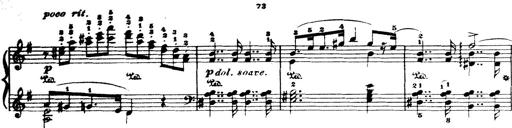
Title: Wagner-Liszt Album
Composer: Franz Liszt